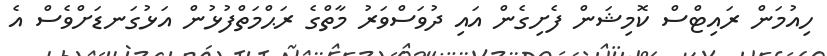
ހިއުމަން ރައިޓްސް ކޮމިޝަން ފެށިގެން އައި ދުވަސްވަރު މާތްގެ ރަޙްމަތްފުޅުން އަޅުގަނޑަށްވެސް އެ